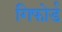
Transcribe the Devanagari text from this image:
गिफोर्ड